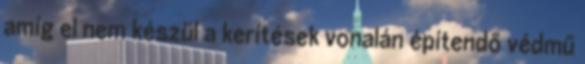
amíg el nem készül a kerítések vonalán építendő védmű